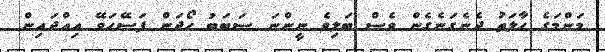
މަންމަގެ ހާލަތު ދެނެގަނެގެން ވެސް ބަލިވެ ނީންނަ ސަބަބު ހޯދަން ފަސޭހަވޭ އިއްދައިން